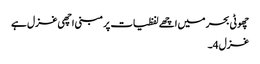
چھوٹی بحر میں اچھے لفظیات پر مبنی اچھی غزل ہے
غزل 4۔